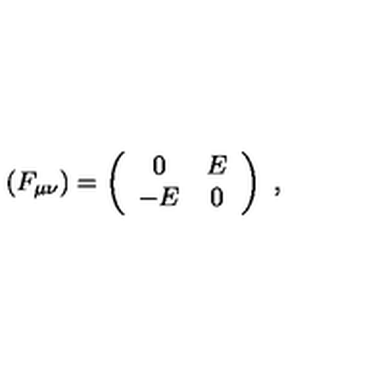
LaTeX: ( F _ { \mu \nu } ) = \left( \begin{array} { c c } { 0 } & { E } \\ { - E } & { 0 } \\ \end{array} \right) \ ,